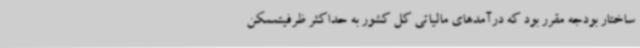
ساختار بودجه مقرر بود که درآمدهای مالیاتی کل کشور به حداکثر ظرفیتممکن